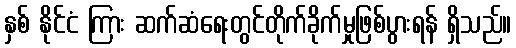
နှစ် နိုင်ငံ ကြား ဆက်ဆံရေးတွင်တိုက်ခိုက်မှုဖြစ်ပွားရန် ရှိသည်။